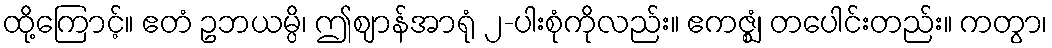
ထို့ကြောင့်။ ဧတံ ဥဘယမ္ပိ၊ ဤဈာန်အာရုံ ၂-ပါးစုံကိုလည်း။ ဧကဇ္ဈံ၊ တပေါင်းတည်း။ ကတွာ၊